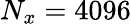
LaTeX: N_{x}=4096